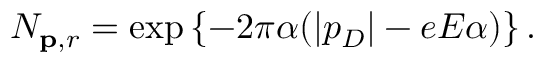
N _ { { \bf p } , r } = \exp \left\{ - 2 \pi \alpha ( | p _ { D } | - e E \alpha ) \right\} .